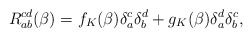
\begin{align*}R_{ab}^{cd}(\beta )=f_{K}(\beta )\delta _{a}^{c}\delta _{b}^{d}+g_{K}(\beta)\delta _{a}^{d}\delta _{b}^{c},\end{align*}